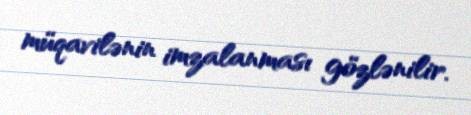
müqavilənin imzalanması gözlənilir.